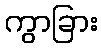
ကွာခြား